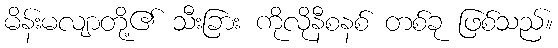
မိန်းမလျာတို့၏ သီးခြား ကိုလိုနီစနစ် တစ်ခု ဖြစ်သည်။